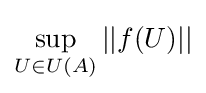
\sup _{U\in U(A)}||f(U)||